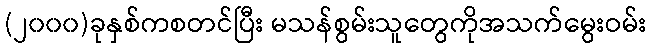
(၂၀၀၀)ခုနှစ်ကစတင်ပြီး မသန်စွမ်းသူတွေကိုအသက်မွေးဝမ်း